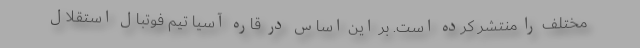
مختلف را منتشر کرده است. بر این اساس در قاره آسیا تیم فوتبال استقلال